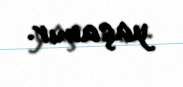
yaşamır.